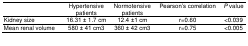
|  | Hypertensive patients | Normotensive patients | Pearson’s correlation | P value |
 | --- | --- | --- | --- | --- |
 | Kidney size | 16.31 ± 1.7 cm | 12.4 ±1 cm | r=0.60 | <0.039 |
 | Mean renal volume | 580 ± 41 cm3 | 360 ± 42 cm3 | r=0.75 | <0.005 |